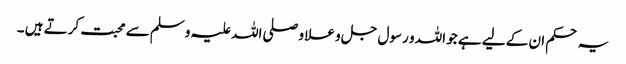
یہ حکم ان کے لیے ہے جو اللہ و رسول جل و علا و صلی اللہ علیہ وسلم سے محبت کرتے ہیں ۔